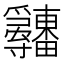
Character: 𤴋